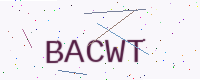
Text: BACWT